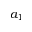
a _ { 1 }